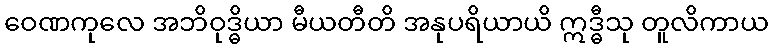
ဝေဏကုလေ အဘိဝုဒ္ဓိယာ မီယတီတိ အနုပရိယာယိ ဣဒ္ဓီသု တူလိကာယ